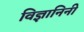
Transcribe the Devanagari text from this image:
विज्ञानिनी